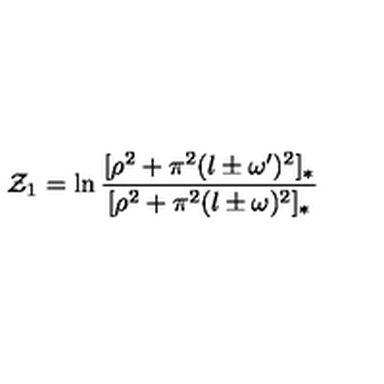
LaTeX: { \cal Z } _ { 1 } = \ln \frac { [ \rho ^ { 2 } + \pi ^ { 2 } ( l \pm \omega ^ { \prime } ) ^ { 2 } ] _ { * } } { [ \rho ^ { 2 } + \pi ^ { 2 } ( l \pm \omega ) ^ { 2 } ] _ { * } }